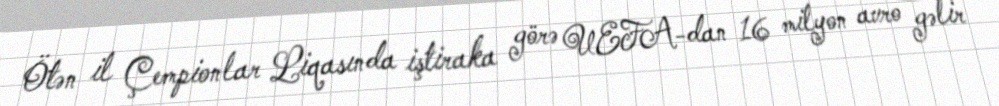
Ötən il Çempionlar Liqasında iştiraka görə UEFA-dan 16 milyon avro gəlir